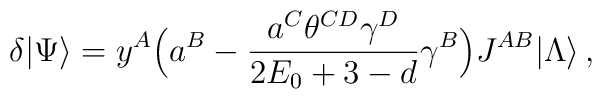
\delta|\Psi\rangle=y^A\Bigl(a^B-\frac{a^C\theta^{CD}\gamma^D}{2E_0+3-d}\gamma^B\Bigr)J^{AB}|\Lambda\rangle\,,